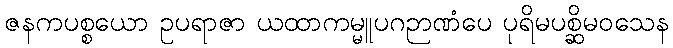
ဇနကပစ္စယော ဥပရာဇာ ယထာကမ္မူပဂဉာဏံပေ ပုရိမပစ္ဆိမဝသေန